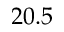
2 0 . 5